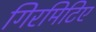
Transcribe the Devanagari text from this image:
गिरमिटिए